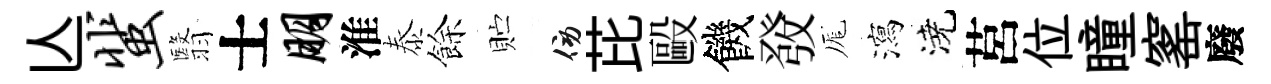
亾蜚翳士朋淮泰餘贮傍芘毆饑𤼲厖瀉澆莒位瞳窰廢